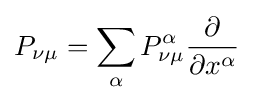
P_{\nu \mu }=\sum _{\alpha }P_{\nu \mu }^{\alpha }{\frac {\partial }{\partial x^{\alpha }}}